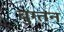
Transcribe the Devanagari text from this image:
बुग्तन